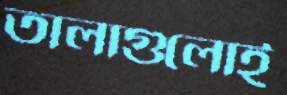
তালাগুলোই